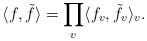
LaTeX: \begin{align*}\langle f, \tilde{f}\rangle=\prod_v \langle f_v,\tilde{f}_v\rangle_v.\end{align*}